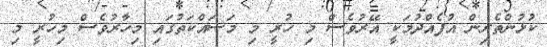
ކުޅުންތެރިން އުފެއްދުމަކީ އޭރުވެސް މި ހުރީ މި މަސައްކަތުގައި މިހާރުވެސް މިހުރީ މި